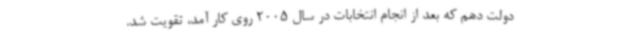
دولت دهم که بعد از انجام انتخابات در سال 2005 روی کار آمد، تقویت شد.